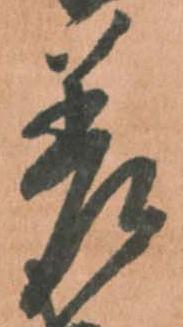
差